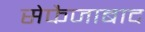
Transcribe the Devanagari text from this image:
सेफैजाबाद